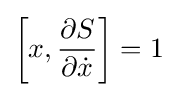
\left[x,{\frac {\partial S}{\partial {\dot {x}}}}\right]=1